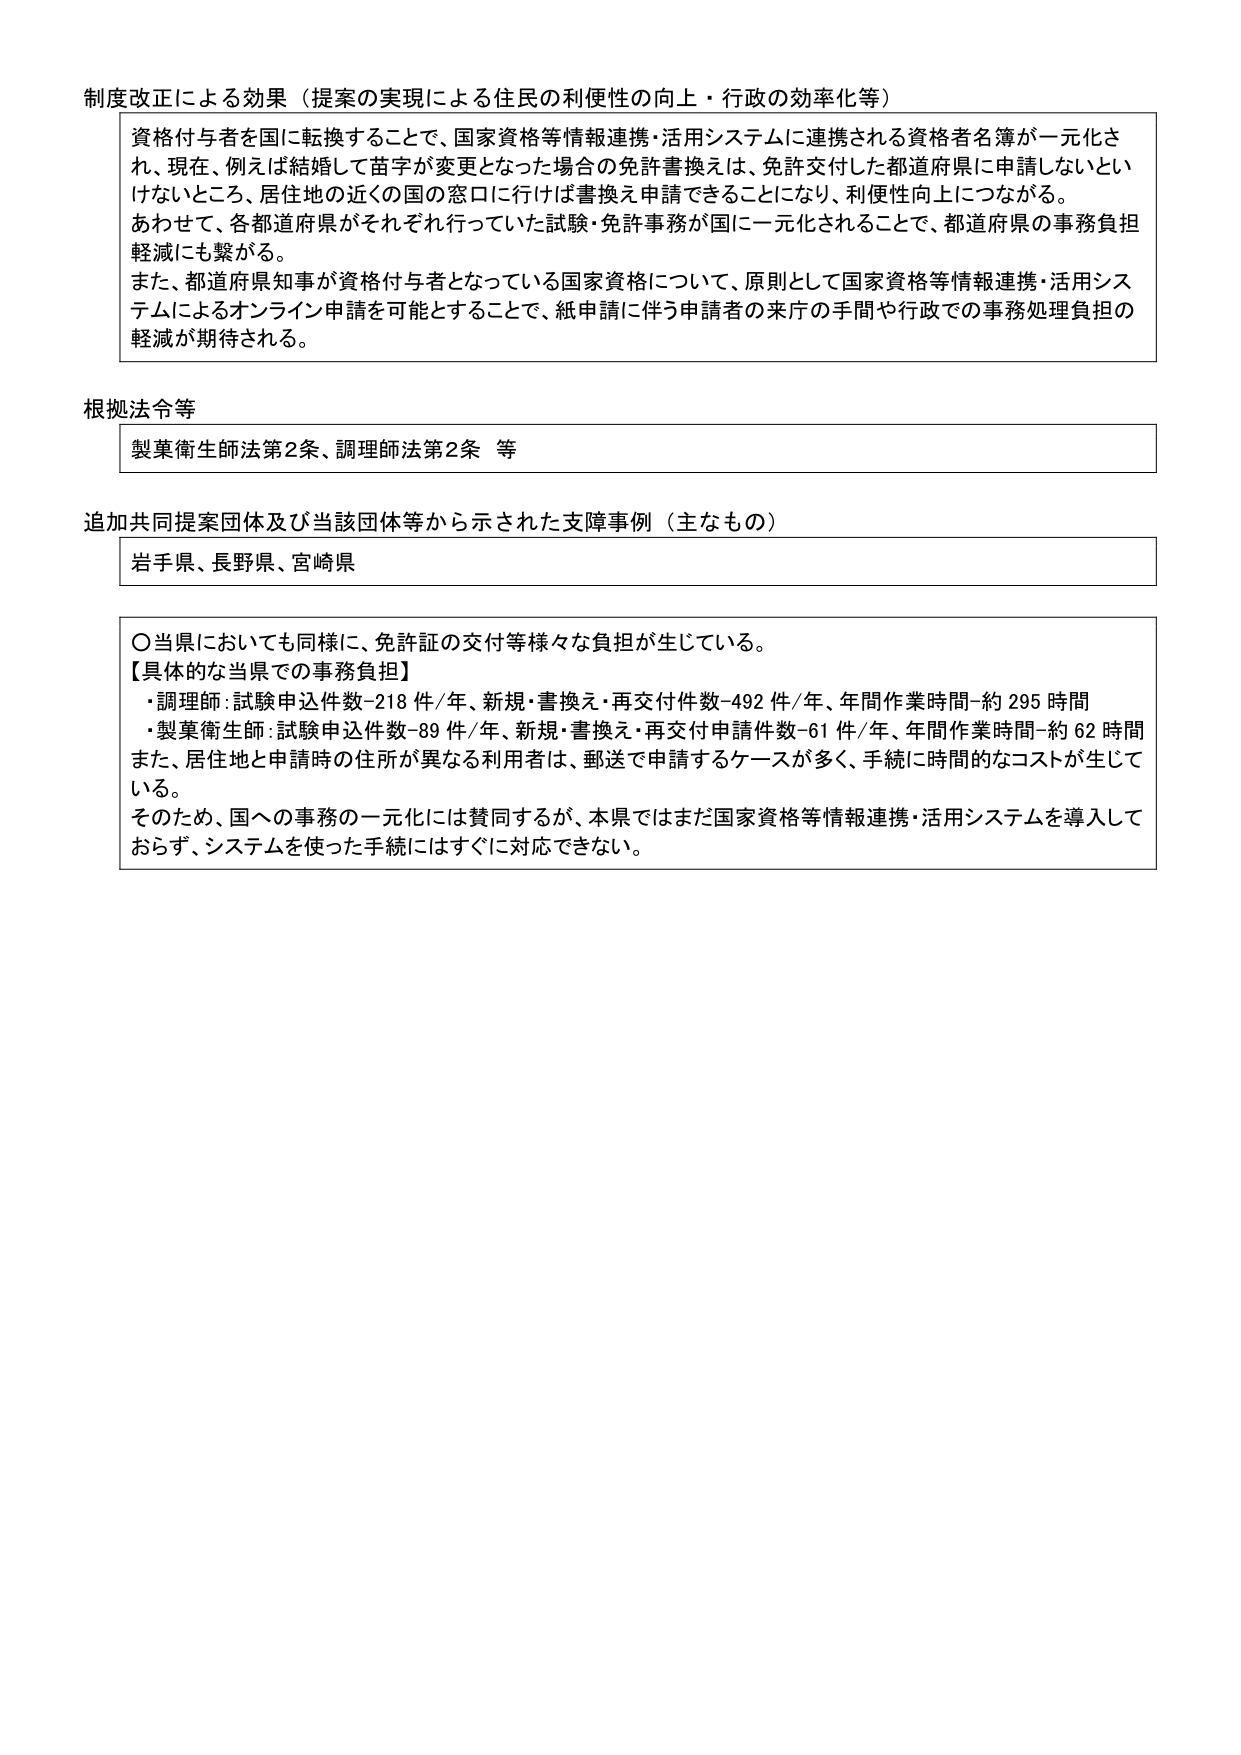
制度改正による効果（提案の実現による住民の利便性の向上・行政の効率化等）

資格付与者を国に転換することで、国家資格等情報連携・活用システムに連携される資格者名簿が一元化され、現在、例えば結婚して苗字が変更となった場合の免許書換えは、免許交付した都道府県に申請しないといけないところ、居住地の近くの国の窓口に行けば書換え申請できることになり、利便性向上につながる。
あわせて、各都道府県がそれぞれ行っていた試験・免許事務が国に一元化されることで、都道府県の事務負担軽減にも繋がる。
また、都道府県知事が資格付与者となっている国家資格について、原則として国家資格等情報連携・活用システムによるオンライン申請を可能とすることで、紙申請に伴う申請者の来庁の手間や行政での事務処理負担の軽減が期待される。

根拠法令等

製菓衛生師法第2条、調理師法第2条 等

追加共同提案団体及び当該団体等から示された支援事例（主なもの）

岩手県、長野県、宮崎県

〇当県においても同様に、免許証の交付等様々な負担が生じている。
【具体的な当県での事務負担】
・調理師：試験申込件数-218件/年、新規・書換え・再交付件数-492件/年、年間作業時間-約295時間
・製菓衛生師：試験申込件数-89件/年、新規・書換え・再交付申請件数-61件/年、年間作業時間-約62時間
また、居住地と申請時の住所が異なる利用者は、郵送で申請するケースが多く、手続に時間的なコストが生じている。
そのため、国への事務の一元化には賛同するが、本県ではまだ国家資格等情報連携・活用システムを導入しておらず、システムを使った手続にはすぐに対応できない。